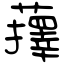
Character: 蘀